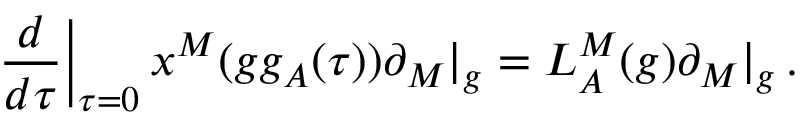
\left. \frac { d } { d \tau } \right| _ { \tau = 0 } x ^ { M } ( g g _ { A } ( \tau ) ) \partial _ { M } | _ { g } = L _ { A } ^ { M } ( g ) \partial _ { M } | _ { g } \, .